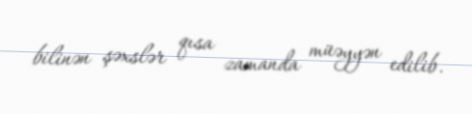
bilinən şəxslər qısa zamanda müəyyən edilib.